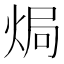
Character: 焗